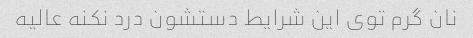
نان گرم توی این شرایط دستشون درد نکنه عالیه